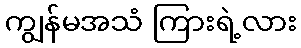
ကျွန်မအသံ ကြားရဲ့လား